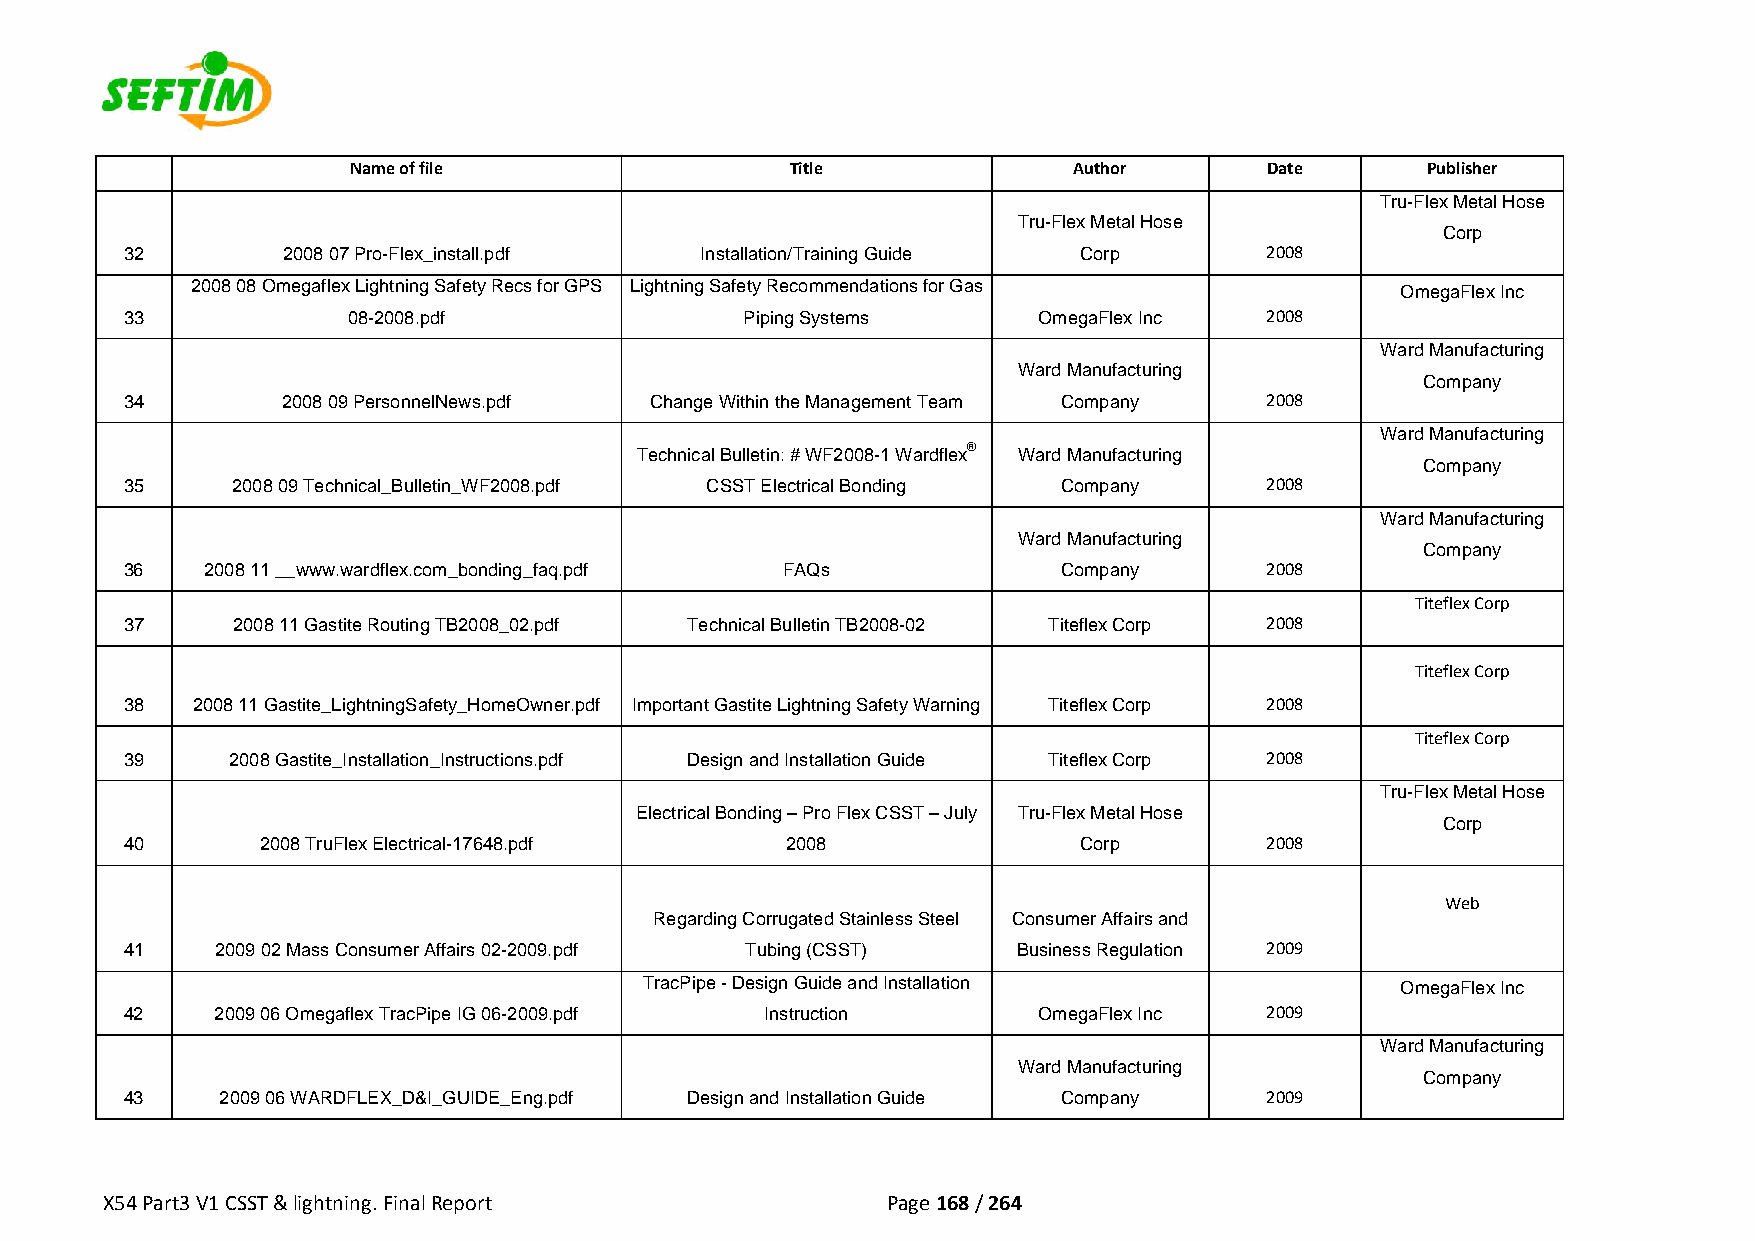
Name of file                 Title              Author       Date      Publisher
 Tru-Flex Metal Hose
 Tru-Flex Metal Hose
 Corp
 32         2008 07 Pro-Flex_install.pdf Installation/Training Guide Corp    2008
 2008 08 Omegaflex Lightning Safety Recs for GPS Lightning Safety Recommendations for Gas OmegaFlex Inc
 33             08-2008.pdf               Piping Systems      OmegaFlex Inc  2008
 Ward Manufacturing
 Ward Manufacturing
 Company
 34         2008 09 PersonnelNews.pdf Change Within the Management Team Company 2008
 Ward Manufacturing
 Technical Bulletin: # WF2008-1 Wardflex® Ward Manufacturing
 Company
 35     2008 09 Technical_Bulletin_WF2008.pdf CSST Electrical Bonding Company 2008
 Ward Manufacturing
 Ward Manufacturing
 Company
 36    2008 11 __www.wardflex.com_bonding_faq.pdf FAQs         Company       2008
 Titeflex Corp
 37     2008 11 Gastite Routing TB2008_02.pdf Technical Bulletin TB2008-02 Titeflex Corp 2008
 Titeflex Corp
 38   2008 11 Gastite_LightningSafety_HomeOwner.pdf Important Gastite Lightning Safety Warning Titeflex Corp 2008
 Titeflex Corp
 39     2008 Gastite_Installation_Instructions.pdf Design and Installation Guide Titeflex Corp 2008
 Tru-Flex Metal Hose
 Electrical Bonding – Pro Flex CSST – July Tru-Flex Metal Hose
 Corp
 40       2008 TruFlex Electrical-17648.pdf  2008               Corp         2008
 Web
 Regarding Corrugated Stainless Steel Consumer Affairs and
 41    2009 02 Mass Consumer Affairs 02-2009.pdf Tubing (CSST) Business Regulation 2009
 TracPipe - Design Guide and Installation          OmegaFlex Inc
 42    2009 06 Omegaflex TracPipe IG 06-2009.pdf Instruction  OmegaFlex Inc  2009
 Ward Manufacturing
 Ward Manufacturing
 Company
 43     2009 06 WARDFLEX_D&I_GUIDE_Eng.pdf Design and Installation Guide Company 2009
 X54 Part3 V1 CSST & lightning. Final Report         Page 168 / 264